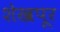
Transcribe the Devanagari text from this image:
शेखपूर